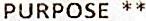
PURPOSE **